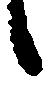
候